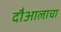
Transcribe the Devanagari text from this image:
दौआलाचा